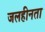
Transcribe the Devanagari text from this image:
जलहीनता